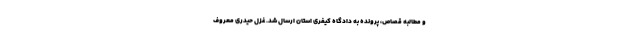
و مطالبه قصاص، پرونده به دادگاه کیفری استان ارسال شد. غزل حیدری معروف